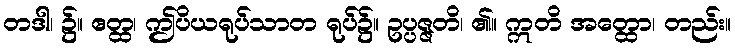
တဒါ၊ ၌။ ဧတ္ထ၊ ဤပိယရုပ်သာတ ရုပ်၌။ ဥပ္ပဇ္ဇတိ၊ ၏။ ဣတိ အတ္ထော၊ တည်း။